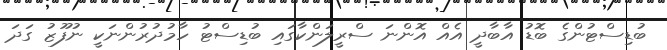
ބުޑިސްޓުންގެ ބޮޑު އާބާދީ އެއް އޮންނަ ސްރީލަންކާގައި ބުޑިސްޓު ހާމުދުރުންނަކީ ނުފޫޒު ގަދަ